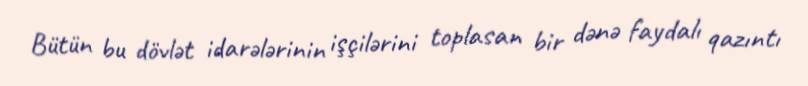
Bütün bu dövlət idarələrinin işçilərini toplasan bir dənə faydalı qazıntı